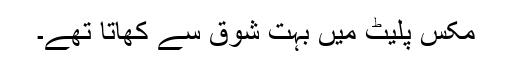
مکس پلیٹ میں بہت شوق سے کھاتا تھے۔